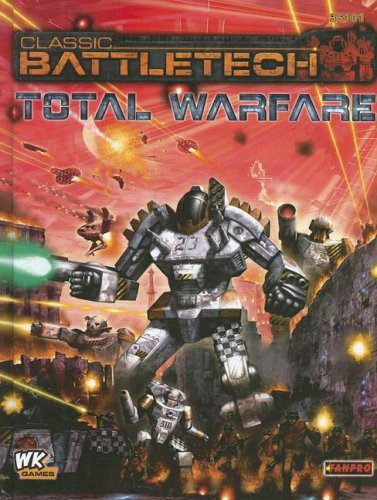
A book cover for Classic Battletech: Total Warfare (FPR35101); Randall Bills; Science Fiction & Fantasy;